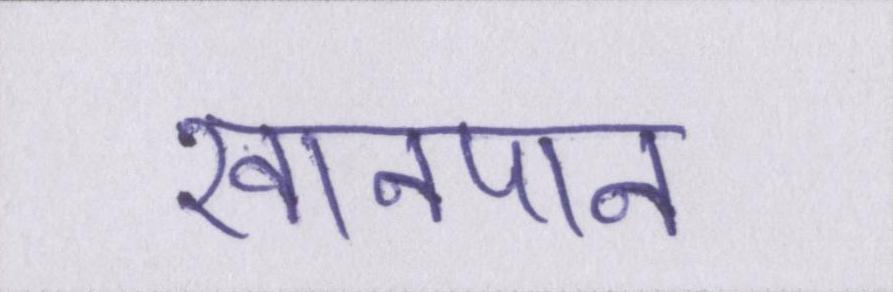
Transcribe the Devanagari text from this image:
खानपान